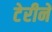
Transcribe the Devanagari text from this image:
टेरीने